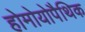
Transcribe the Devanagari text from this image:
होमोयोपैथिक